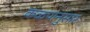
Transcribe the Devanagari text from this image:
कळपानुसार